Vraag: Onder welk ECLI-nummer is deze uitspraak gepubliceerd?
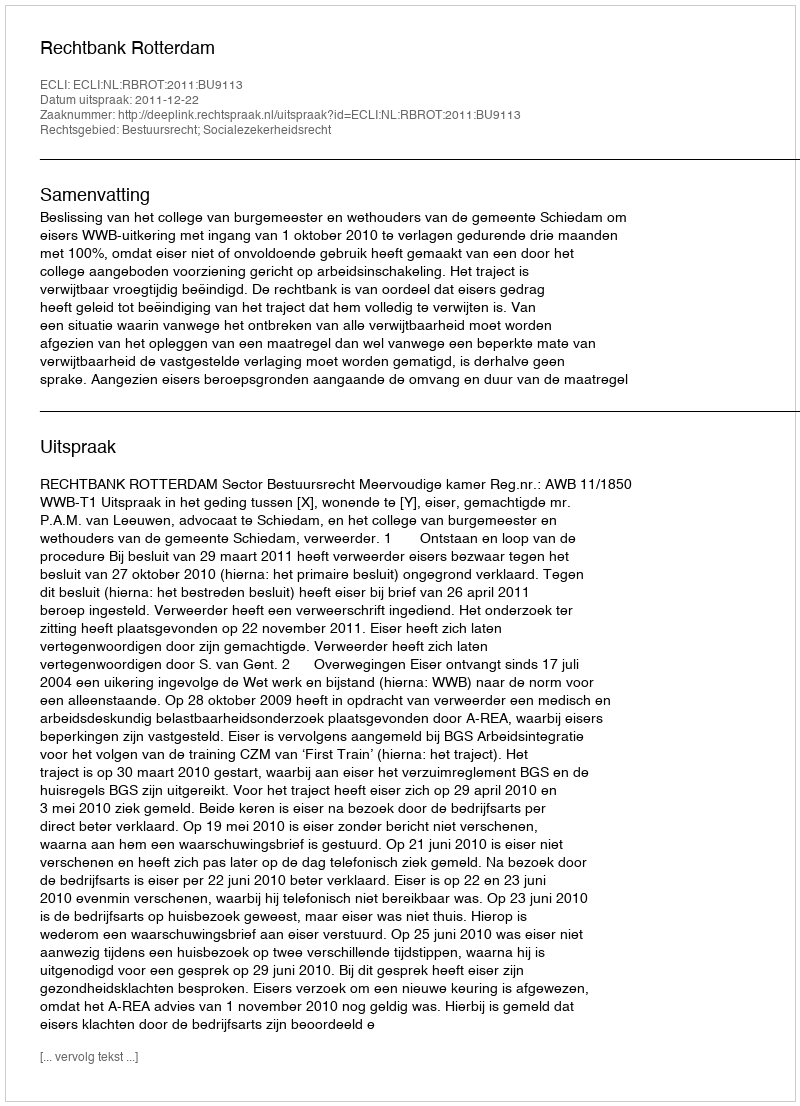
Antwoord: ECLI:NL:RBROT:2011:BU9113